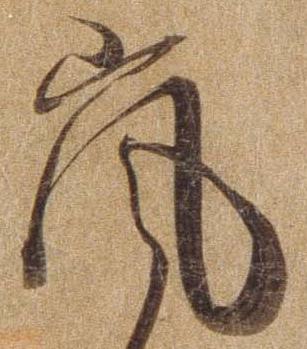
嵐